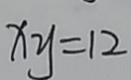
x y = 1 2